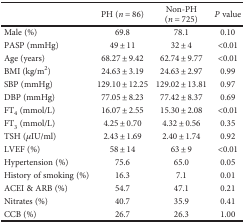
<table><thead><tr><td></td><td><b>PH (<i>n</i> = 86)</b></td><td><b>Non-PH (<i>n</i> = 725)</b></td><td><b><i>P</i> value</b></td></tr></thead><tbody><tr><td>Male (%)</td><td>69.8</td><td>78.1</td><td>0.10</td></tr><tr><td>PASP (mmHg)</td><td>49 ± 11</td><td>32 ± 4</td><td>&lt;0.01</td></tr><tr><td>Age (years)</td><td>68.27 ± 9.42</td><td>62.74 ± 9.77</td><td>&lt;0.01</td></tr><tr><td>BMI (kg/m<sup>2</sup>)</td><td>24.63 ± 3.19</td><td>24.63 ± 2.97</td><td>0.99</td></tr><tr><td>SBP (mmHg)</td><td>129.10 ± 12.25</td><td>129.02 ± 13.81</td><td>0.97</td></tr><tr><td>DBP (mmHg)</td><td>77.05 ± 8.23</td><td>77.42 ± 8.37</td><td>0.69</td></tr><tr><td>FT<sub>4</sub> (mmol/L)</td><td>16.07 ± 2.55</td><td>15.30 ± 2.08</td><td>&lt;0.01</td></tr><tr><td>FT<sub>3</sub> (mmol/L)</td><td>4.25 ± 0.70</td><td>4.32 ± 0.56</td><td>0.35</td></tr><tr><td>TSH (<i>μ</i>IU/ml)</td><td>2.43 ± 1.69</td><td>2.40 ± 1.74</td><td>0.92</td></tr><tr><td>LVEF (%)</td><td>58 ± 14</td><td>63 ± 9</td><td>&lt;0.01</td></tr><tr><td>Hypertension (%)</td><td>75.6</td><td>65.0</td><td>0.05</td></tr><tr><td>History of smoking (%)</td><td>16.3</td><td>7.1</td><td>0.01</td></tr><tr><td>ACEI &amp; ARB (%)</td><td>54.7</td><td>47.1</td><td>0.21</td></tr><tr><td>Nitrates (%)</td><td>40.7</td><td>35.9</td><td>0.41</td></tr><tr><td>CCB (%)</td><td>26.7</td><td>26.3</td><td>1.00</td></tr></tbody></table>